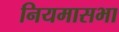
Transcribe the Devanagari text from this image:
नियमासभा